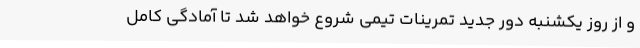
و از روز یکشنبه دور جدید تمرینات تیمی شروع خواهد شد تا آمادگی کامل